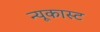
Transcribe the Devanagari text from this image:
न्यूकास्ट